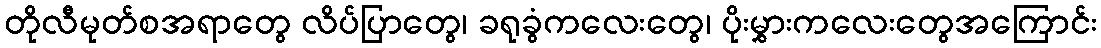
တိုလီမုတ်စအရာတွေ လိပ်ပြာတွေ၊ ခရုခွံကလေးတွေ၊ ပိုးမွှားကလေးတွေအကြောင်း